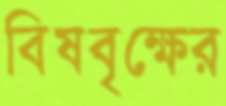
বিষবৃক্ষের